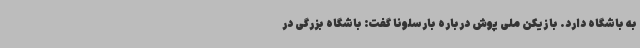
به باشگاه دارد. بازیکن ملی پوش درباره بارسلونا گفت: باشگاه بزرگی در